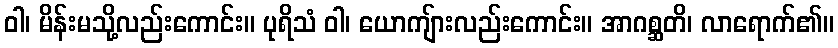
ဝါ၊ မိန်းမသို့လည်းကောင်း။ ပုရိသံ ဝါ၊ ယောကျ်ားလည်းကောင်း။ အာဂစ္ဆတိ၊ လာရောက်၏။